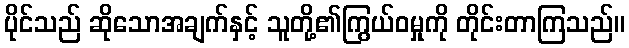
ပိုင်သည် ဆိုသောအချက်နှင့် သူတို့၏ကြွယ်ဝမှုကို တိုင်းတာကြသည်။